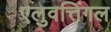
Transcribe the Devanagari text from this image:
एलुवत्तिंगल